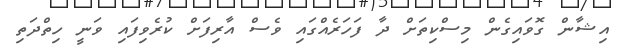
އިޝާން ގޮވައިގެން މިސްކިތަށް ދާ ފަހަރެއްގައި ވެސް އާރިފަށް ކުރެވިފައި ވަނީ ހިތްދަތި